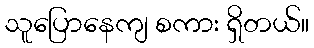
သူပြောနေကျ စကား ရှိတယ်။